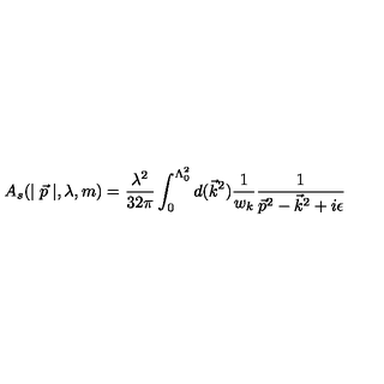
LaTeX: A _ { s } ( \mid \vec { p } \mid , \lambda , m ) = \frac { \lambda ^ { 2 } } { 3 2 \pi } \int _ { 0 } ^ { \Lambda _ { 0 } ^ { 2 } } d ( \vec { k } ^ { 2 } ) \frac 1 { w _ { k } } \frac 1 { \vec { p } ^ { 2 } - \vec { k } ^ { 2 } + i \epsilon }